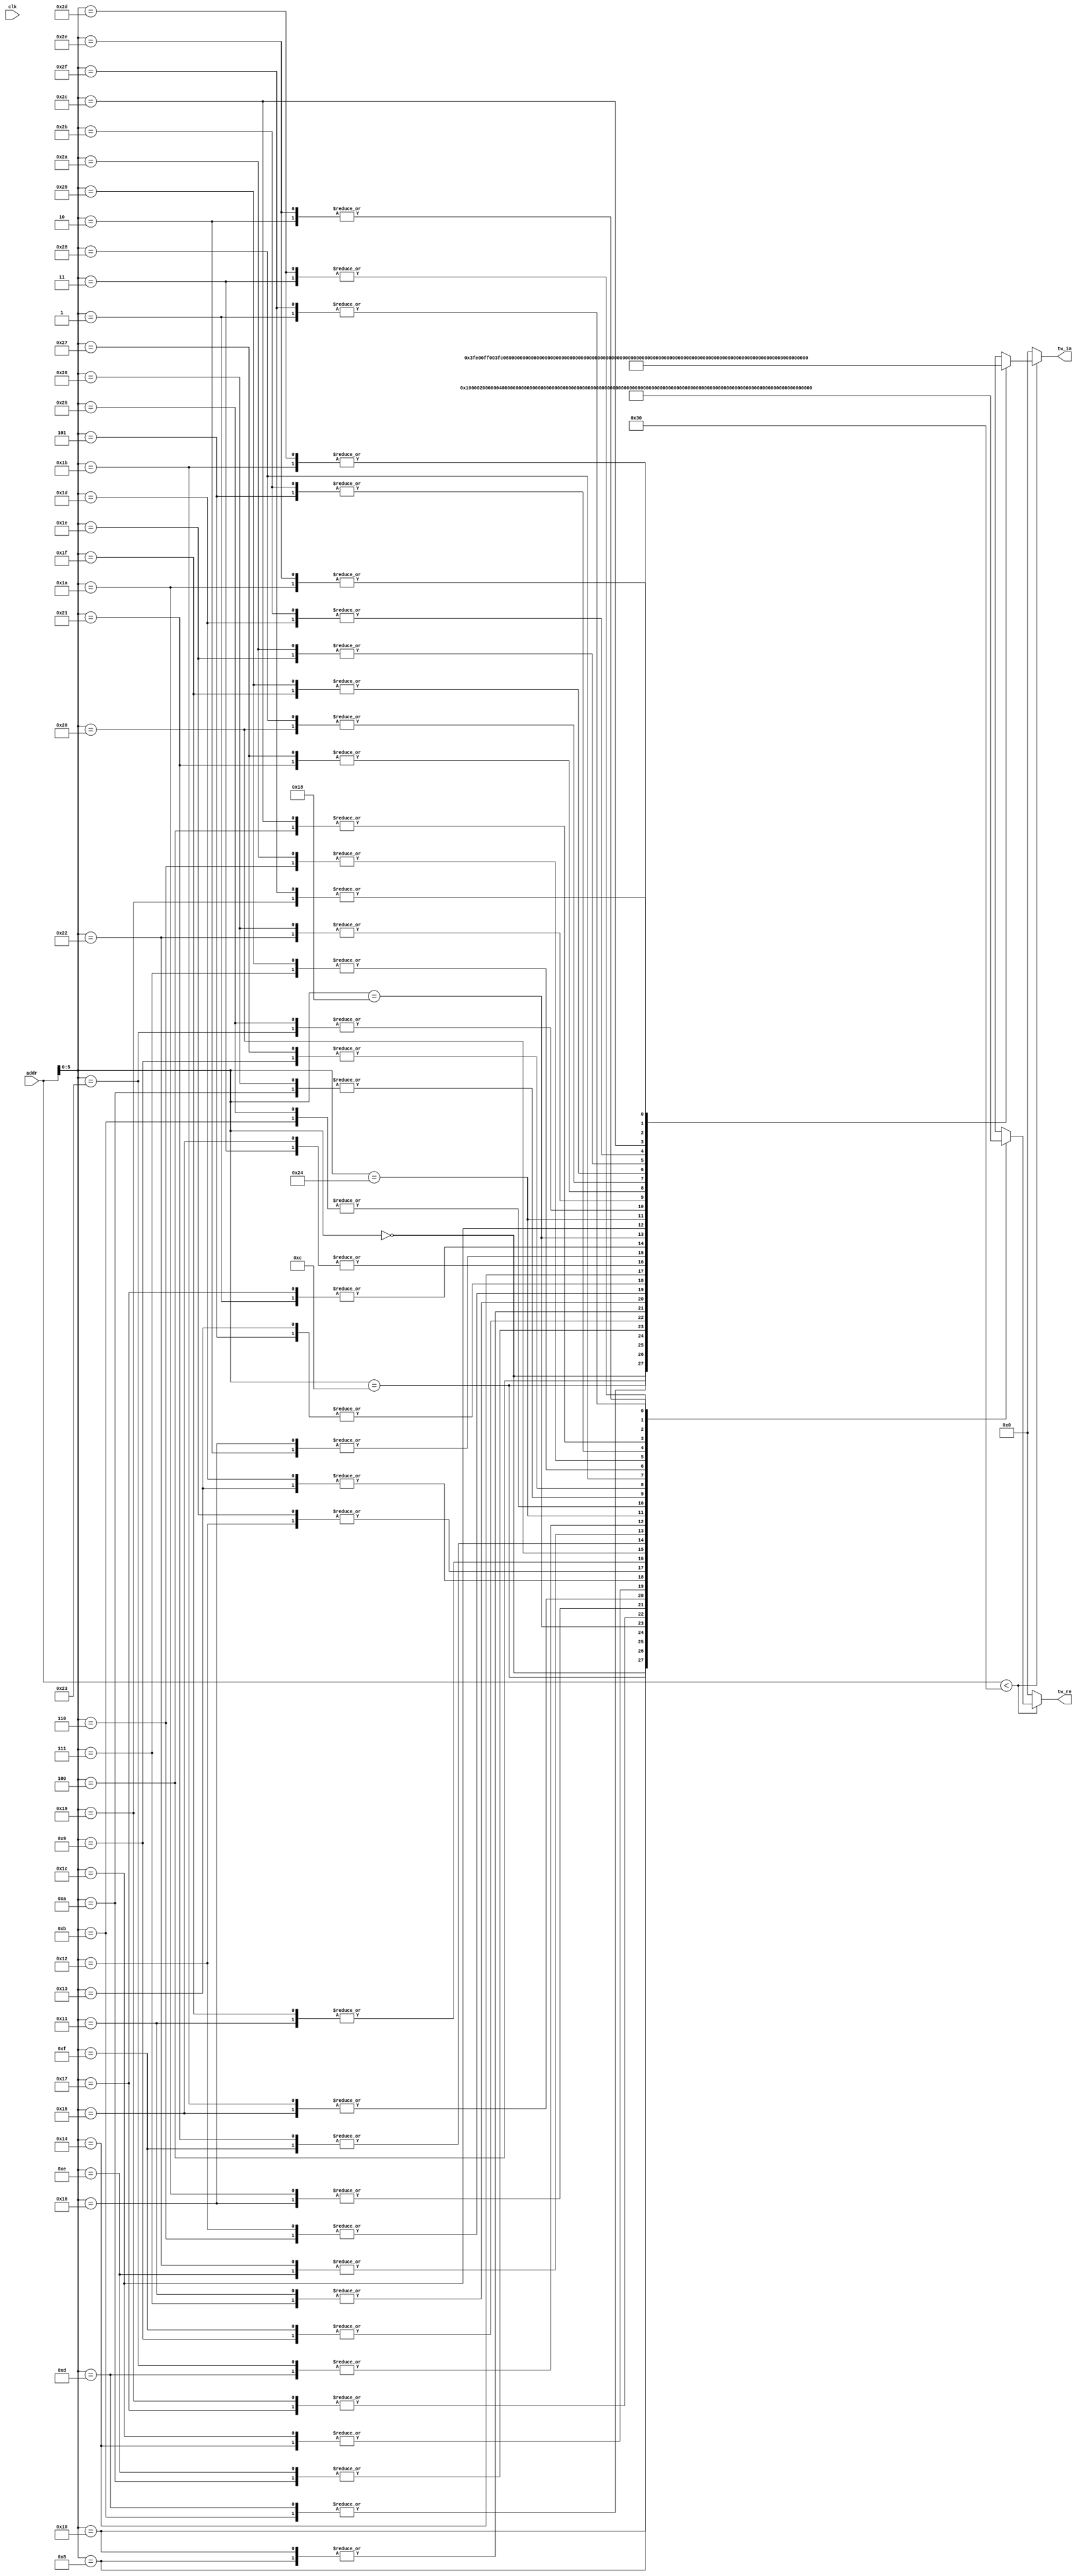
module Twiddle48 #(
    parameter   TW_FF = 0   //  Use Output Register
)(
    input           clk,  //  Master Clock
    input   [10:0]   addr,   //  Twiddle Factor Number
    output  [17:0]  tw_re,  //  Twiddle Factor (Real)
    output  [17:0]  tw_im   //  Twiddle Factor (Imag)
);

wire[17:0]  wn_re[0:47];   //  Twiddle Table (Real)
wire[17:0]  wn_im[0:47];   //  Twiddle Table (Imag)
wire[17:0]  mx_re;          //  Multiplexer output (Real)
wire[17:0]  mx_im;          //  Multiplexer output (Imag)
reg [17:0]  ff_re;          //  Register output (Real)
reg [17:0]  ff_im;          //  Register output (Imag)

assign  mx_re = addr<48 ? wn_re[addr] : 0;
assign  mx_im = addr<48 ? wn_im[addr] : 0;

always @(posedge clk) begin
    ff_re <= mx_re;
    ff_im <= mx_im;
end

assign  tw_re = TW_FF ? ff_re : mx_re;
assign  tw_im = TW_FF ? ff_im : mx_im;
assign wn_re[0] = 18'b000000010000000000; assign wn_im[0] = 18'b000000000000000000; 
assign wn_re[1] = 18'b000000001111110111; assign wn_im[1] = 18'b111111111101111010; 
assign wn_re[2] = 18'b000000001111011101; assign wn_im[2] = 18'b111111111011110110; 
assign wn_re[3] = 18'b000000001110110010; assign wn_im[3] = 18'b111111111001111000; 
assign wn_re[4] = 18'b000000001101110110; assign wn_im[4] = 18'b111111111000000000; 
assign wn_re[5] = 18'b000000001100101100; assign wn_im[5] = 18'b111111110110010000; 
assign wn_re[6] = 18'b000000001011010100; assign wn_im[6] = 18'b111111110100101011; 
assign wn_re[7] = 18'b000000001001101111; assign wn_im[7] = 18'b111111110011010011; 
assign wn_re[8] = 18'b000000001000000000; assign wn_im[8] = 18'b111111110010001001; 
assign wn_re[9] = 18'b000000000110000111; assign wn_im[9] = 18'b111111110001001101; 
assign wn_re[10] = 18'b000000000100001001; assign wn_im[10] = 18'b111111110000100010; 
assign wn_re[11] = 18'b000000000010000101; assign wn_im[11] = 18'b111111110000001000; 
assign wn_re[12] = 18'b000000000000000000; assign wn_im[12] = 18'b111111110000000000; 
assign wn_re[13] = 18'b111111111101111010; assign wn_im[13] = 18'b111111110000001000; 
assign wn_re[14] = 18'b111111111011110110; assign wn_im[14] = 18'b111111110000100010; 
assign wn_re[15] = 18'b111111111001111000; assign wn_im[15] = 18'b111111110001001101; 
assign wn_re[16] = 18'b111111111000000000; assign wn_im[16] = 18'b111111110010001001; 
assign wn_re[17] = 18'b111111110110010000; assign wn_im[17] = 18'b111111110011010011; 
assign wn_re[18] = 18'b111111110100101011; assign wn_im[18] = 18'b111111110100101011; 
assign wn_re[19] = 18'b111111110011010011; assign wn_im[19] = 18'b111111110110010000; 
assign wn_re[20] = 18'b111111110010001001; assign wn_im[20] = 18'b111111110111111111; 
assign wn_re[21] = 18'b111111110001001101; assign wn_im[21] = 18'b111111111001111000; 
assign wn_re[22] = 18'b111111110000100010; assign wn_im[22] = 18'b111111111011110110; 
assign wn_re[23] = 18'b111111110000001000; assign wn_im[23] = 18'b111111111101111010; 
assign wn_re[24] = 18'b111111110000000000; assign wn_im[24] = 18'b111111111111111111; 
assign wn_re[25] = 18'b111111110000001000; assign wn_im[25] = 18'b000000000010000101; 
assign wn_re[26] = 18'b111111110000100010; assign wn_im[26] = 18'b000000000100001001; 
assign wn_re[27] = 18'b111111110001001101; assign wn_im[27] = 18'b000000000110000111; 
assign wn_re[28] = 18'b111111110010001001; assign wn_im[28] = 18'b000000000111111111; 
assign wn_re[29] = 18'b111111110011010011; assign wn_im[29] = 18'b000000001001101111; 
assign wn_re[30] = 18'b111111110100101011; assign wn_im[30] = 18'b000000001011010100; 
assign wn_re[31] = 18'b111111110110010000; assign wn_im[31] = 18'b000000001100101100; 
assign wn_re[32] = 18'b111111110111111111; assign wn_im[32] = 18'b000000001101110110; 
assign wn_re[33] = 18'b111111111001111000; assign wn_im[33] = 18'b000000001110110010; 
assign wn_re[34] = 18'b111111111011110110; assign wn_im[34] = 18'b000000001111011101; 
assign wn_re[35] = 18'b111111111101111010; assign wn_im[35] = 18'b000000001111110111; 
assign wn_re[36] = 18'b111111111111111111; assign wn_im[36] = 18'b000000010000000000; 
assign wn_re[37] = 18'b000000000010000101; assign wn_im[37] = 18'b000000001111110111; 
assign wn_re[38] = 18'b000000000100001001; assign wn_im[38] = 18'b000000001111011101; 
assign wn_re[39] = 18'b000000000110000111; assign wn_im[39] = 18'b000000001110110010; 
assign wn_re[40] = 18'b000000000111111111; assign wn_im[40] = 18'b000000001101110110; 
assign wn_re[41] = 18'b000000001001101111; assign wn_im[41] = 18'b000000001100101100; 
assign wn_re[42] = 18'b000000001011010100; assign wn_im[42] = 18'b000000001011010100; 
assign wn_re[43] = 18'b000000001100101100; assign wn_im[43] = 18'b000000001001101111; 
assign wn_re[44] = 18'b000000001101110110; assign wn_im[44] = 18'b000000001000000000; 
assign wn_re[45] = 18'b000000001110110010; assign wn_im[45] = 18'b000000000110000111; 
assign wn_re[46] = 18'b000000001111011101; assign wn_im[46] = 18'b000000000100001001; 
assign wn_re[47] = 18'b000000001111110111; assign wn_im[47] = 18'b000000000010000101; 

endmodule